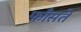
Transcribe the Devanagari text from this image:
फाँसते